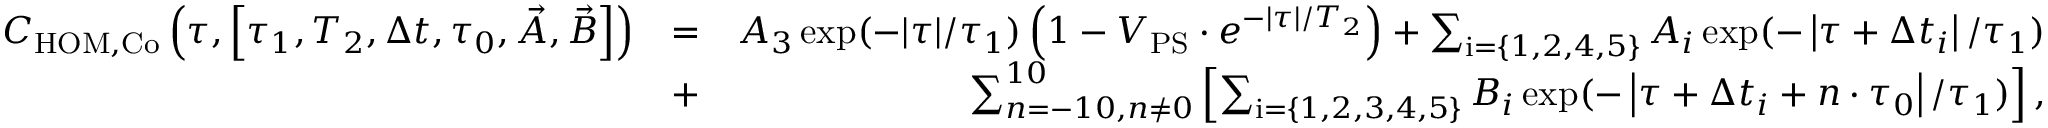
\begin{array} { r l r } { C _ { \mathrm { H O M , C o } } \left( \tau , \left[ \tau _ { 1 } , T _ { 2 } , \Delta t , \tau _ { 0 } , \vec { A } , \vec { B } \right] \right) } & { = } & { A _ { 3 } \exp ( - | \tau | / \tau _ { 1 } ) \left( 1 - V _ { \mathrm { P S } } \cdot e ^ { - | \tau | / T _ { 2 } } \right) + \sum _ { \mathrm { i } = \{ 1 , 2 , 4 , 5 \} } A _ { i } \exp ( - \left| \tau + \Delta t _ { i } \right| / \tau _ { 1 } ) } \\ & { + } & { \sum _ { n = - 1 0 , n \neq 0 } ^ { 1 0 } \left[ \sum _ { \mathrm { i } = \{ 1 , 2 , 3 , 4 , 5 \} } B _ { i } \exp ( - \left| \tau + \Delta t _ { i } + n \cdot \tau _ { 0 } \right| / \tau _ { 1 } ) \right] , } \end{array}